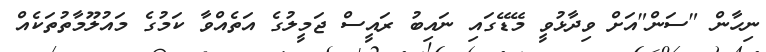
ނިހާން "ސަން"އަށް ވިދާޅުވީ މޭޑޭގައި ނައިބު ރައީސް ޖަމީލުގެ އަތެއްވާ ކަމުގެ މައުލޫމާތުތަކެއް